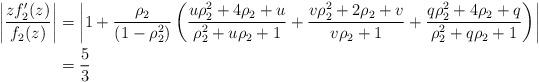
LaTeX: \begin{align*} \left|\frac{zf_2'(z)}{f_2(z)}\right|&=\left|1+\frac{\rho_2}{(1-\rho_2^2)}\left( \frac{u\rho_2^2+4\rho_2+u}{\rho_2^2+u\rho_2+1}+\frac{v\rho_2^2+2\rho_2+v}{v\rho_2+1}+\frac{q \rho_2^2+4\rho_2+q}{\rho_2^2+q \rho_2+1}\right)\right|\\ &= \frac{5}{3} \end{align*}